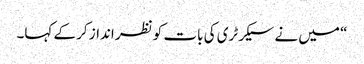
“ میں نے سیکرٹری کی بات کو نظر انداز کر کے کہا۔